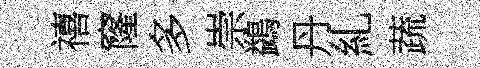
禧窿多崇鷁丹糺蔬